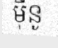
ម៉ីនូ